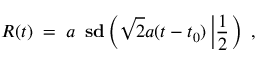
R ( t ) \; = \; a \, \mathrm { \bf ~ s d } \left( \sqrt { 2 } a ( t - t _ { 0 } ) \left| \frac { 1 } { 2 } \right. \right) \; ,